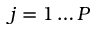
j = 1 \ldots P